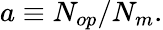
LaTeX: a\equiv N_{op}/N_{m}.